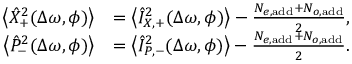
\begin{array} { r l } { \left< { \hat { X } _ { + } ^ { 2 } } ( \Delta \omega , \phi ) \right> } & { = \left< { \hat { I } _ { X , + } ^ { 2 } } ( \Delta \omega , \phi ) \right> - \frac { N _ { e , \mathrm { a d d } } + N _ { o , \mathrm { a d d } } } { 2 } , } \\ { \left< { \hat { P } _ { - } ^ { 2 } } ( \Delta \omega , \phi ) \right> } & { = \left< { \hat { I } _ { P , - } ^ { 2 } } ( \Delta \omega , \phi ) \right> - \frac { N _ { e , \mathrm { a d d } } + N _ { o , \mathrm { a d d } } } { 2 } . } \end{array}